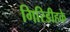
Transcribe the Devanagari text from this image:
गिरिडीहके